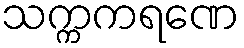
သက္ကကရဏေ